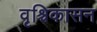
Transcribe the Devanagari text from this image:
वृश्चिकासन